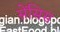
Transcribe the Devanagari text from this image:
सेंसिस